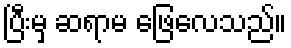
ပြီးမှ ဆရာမ ဖြေလေသည်။